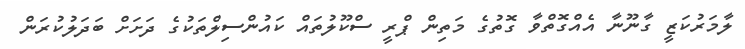
ލާމަރުކަޒީ ގާނޫނާ އެއްގޮތްވާ ގޮތުގެ މަތިން ޕްރީ ސްކޫލުތައް ކައުންސިލްތަކުގެ ދަށަށް ބަދަލުކުރަން